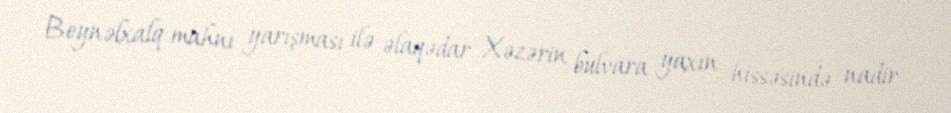
Beynəlxalq mahnı yarışması ilə əlaqədar Xəzərin bulvara yaxın hissəsində nadir